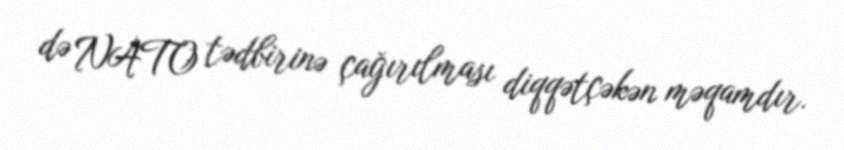
də NATO tədbirinə çağırılması diqqətçəkən məqamdır.